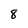
Character: 8